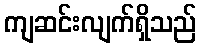
ကျဆင်းလျက်ရှိသည်